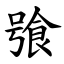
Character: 飸